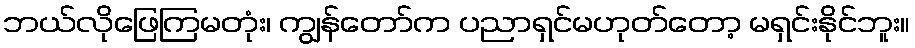
ဘယ်လိုဖြေကြမတုံး၊ ကျွန်တော်က ပညာရှင်မဟုတ်တော့ မရှင်းနိုင်ဘူး။